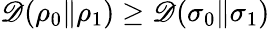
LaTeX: \mathscr{D}(\rho_{0}\| \rho_{1})\geq\mathscr{D}(\sigma_{0}\| \sigma_{1})